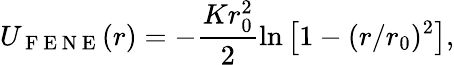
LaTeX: U_{\mathrm{~F~E~N~E~}}(r)=-\frac{Kr_{0}^{2}}2\ln\left[1-(r/r_{0})^{2}\right],